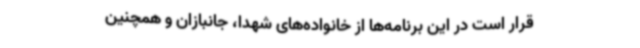
قرار است در این برنامه‌ها از خانواده‌های شهدا، جانبازان و همچنین